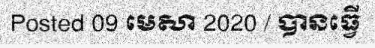
Posted 09 មេសា 2020 / បានធ្វើ